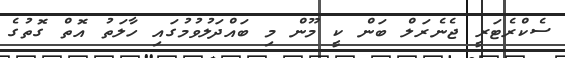
ސެކްރެޓަރީ ޖެނެރަލް ބަން ކީ މޫން މި ބައްދަލުވުމުގައި ހާލަތު އޮތް ގޮތުގެ